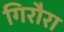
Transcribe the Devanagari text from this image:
गिरौरा